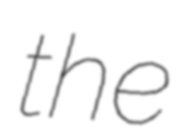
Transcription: the